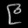
Digit: ၉